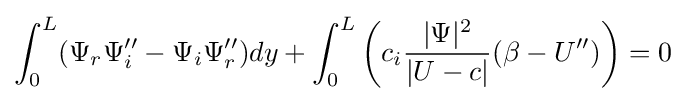
\int _{0}^{L}(\Psi _{r}\Psi _{i}''-\Psi _{i}\Psi _{r}'')dy+\int _{0}^{L}\left(c_{i}{\frac {|\Psi |^{2}}{|U-c|}}(\beta -U'')\right)=0